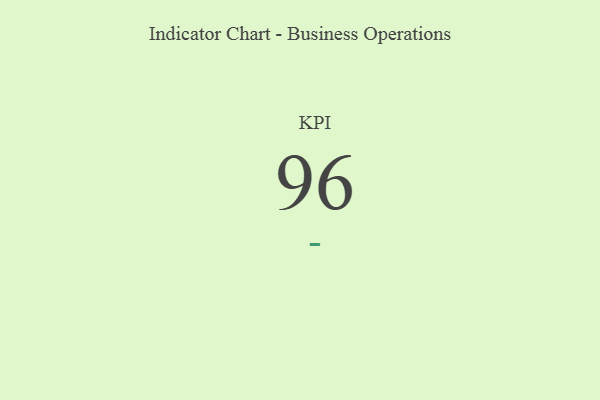
{"axis": {"x": "KPI", "y": "Value"}, "legend": [""], "data": [{"x": "KPI", "y": 96, "type": ""}]}